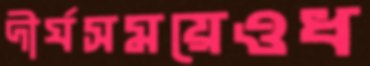
দীর্ঘসময়েওধ